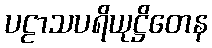
ပဠာသပရိယုဋ္ဌိတေန